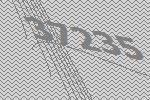
37235